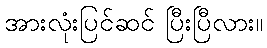
အားလုံးပြင်ဆင် ပြီးပြီလား။